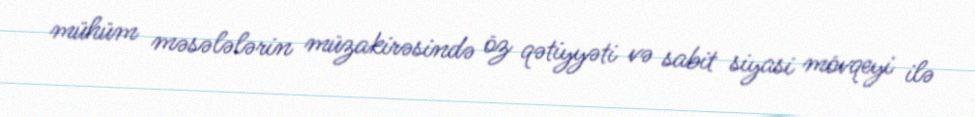
mühüm məsələlərin müzakirəsində öz qətiyyəti və sabit siyasi mövqeyi ilə